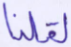
لقلنا